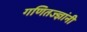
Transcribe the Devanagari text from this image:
गणितज्ज्ञांनी